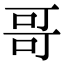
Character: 哥